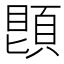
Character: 𩓓